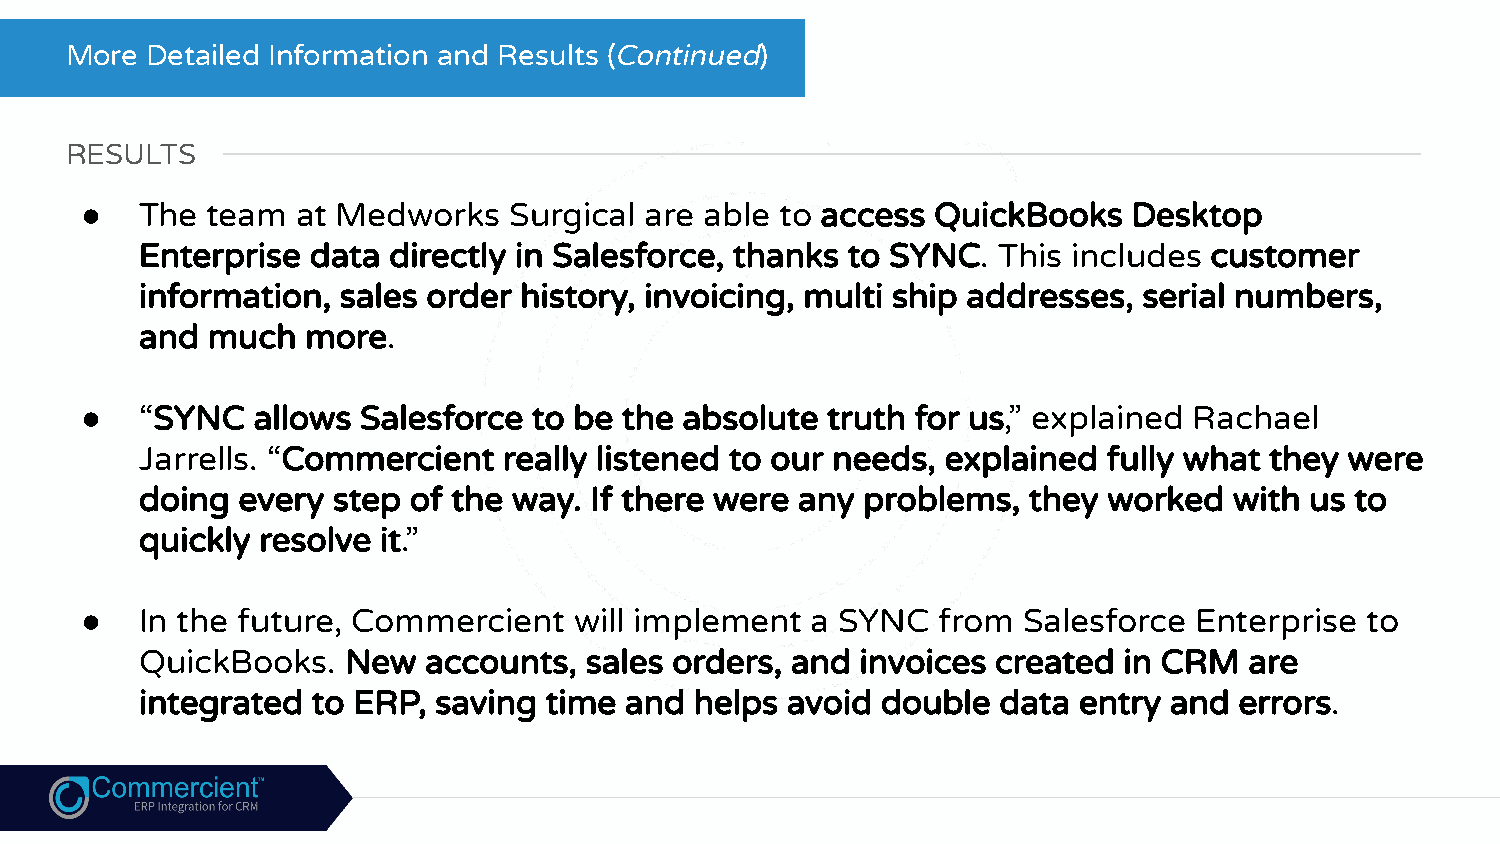
More  Detailed Information and Results (Continued)
 RESULTS
 ●   The  team  at Medworks   Surgical are able to access QuickBooks   Desktop
 Enterprise data  directly in Salesforce, thanks to SYNC. This includes customer
 information, sales order history, invoicing, multi ship addresses, serial numbers,
 and  much  more.
 ●   “SYNC   allows Salesforce to be the absolute  truth for us,” explained Rachael
 Jarrells. “Commercient  really listened to our needs, explained fully what they were
 doing  every step of the way. If there were any problems,  they worked   with us to
 quickly resolve it.”
 ●   In the future, Commercient   will implement  a SYNC  from  Salesforce Enterprise to
 QuickBooks.   New  accounts,  sales orders, and invoices created in CRM   are
 integrated  to ERP, saving time and  helps avoid double  data entry and  errors.